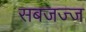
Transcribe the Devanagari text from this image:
सबजज्ज